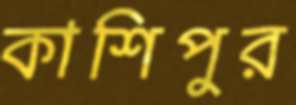
কাশিপুর